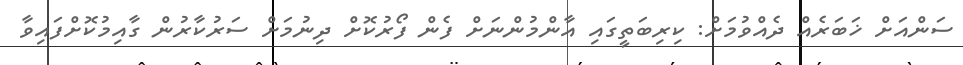
ސަންއަށް ޚަބަރެއް ދެއްވުމަށް: ކިރިބަތީގައި އާންމުންނަށް ފެން ފޯރުކޮށް ދިނުމަށް ސަރުކާރުން ގާއިމުކޮށްފައިވާ